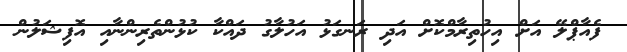
ފެއާޕްލޭ އަށް އިހުތިރާމްކޮށް އަދި ރަނގަޅު އަހުލާގު ދައްކާ ކުޅުންތެރިންނާއި އޮފިޝަލުން